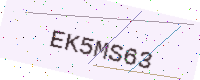
Text: EK5MS63